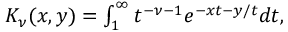
\begin{array} { r } { K _ { \nu } ( x , y ) = \int _ { 1 } ^ { \infty } t ^ { - \nu - 1 } e ^ { - x t - y / t } d t , } \end{array}